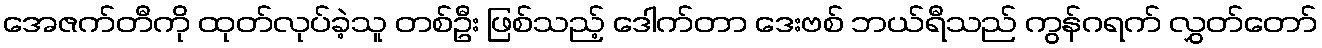
အေဇက်တီကို ထုတ်လုပ်ခဲ့သူ တစ်ဦး ဖြစ်သည့် ဒေါက်တာ ဒေးဗစ် ဘယ်ရီသည် ကွန်ဂရက် လွှတ်တော်